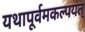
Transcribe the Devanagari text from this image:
यथापूर्वमकल्पयत्